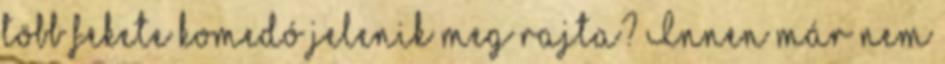
több fekete komedó jelenik meg rajta? Innen már nem